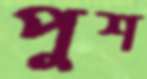
পুশ